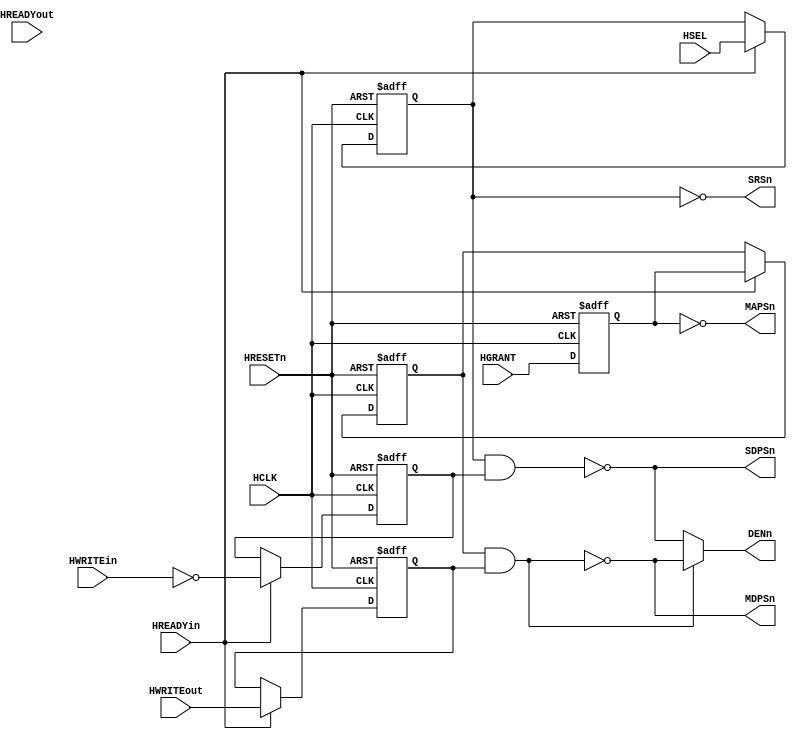
module TBCTRL_2 (
  input HRESETn,
  input HCLK,
  input HREADYin,
  input HREADYout,
  input HWRITEin,
  input HWRITEout,
  input HSEL,
  input HGRANT,
  output MAPSn,
  output MDPSn,
  output DENn,
  output SDPSn,
  output SRSn
);
wire  MasterReadData;
wire  SlaveAddrPhaseSel;
wire					MasterAddrPhaseSel;
reg						MasterDataPhaseSel;
reg						MRWSel;
reg           reg_HGRANT;
reg SlaveDataPhaseSel;
reg RWSel;
always@(posedge HCLK or negedge HRESETn)
begin
	 if(!HRESETn)
	   reg_HGRANT<=1'd0;
	 else 
	   reg_HGRANT<=HGRANT;
end
assign DENn = (MDPSn)?SDPSn:MDPSn;
assign MAPSn = ~MasterAddrPhaseSel;
assign MDPSn = ~(MasterDataPhaseSel & MRWSel);
assign MasterAddrPhaseSel = reg_HGRANT;
assign MasterReadData  =  MasterDataPhaseSel & (~MRWSel); 
always @(posedge HCLK or negedge HRESETn)
begin
  if (!HRESETn)
    MasterDataPhaseSel  <= 1'b1;
  else
    begin
      if  (HREADYin)
        MasterDataPhaseSel <= MasterAddrPhaseSel ;
    end 
end   
always @(posedge HCLK or negedge HRESETn)
begin
  if (!HRESETn)
    MRWSel <= 1'b0;
  else
  begin
    if (HREADYin)
      MRWSel <= HWRITEout;
  end
end
  assign SlaveAddrPhaseSel  = HSEL;  
  assign SDPSn   =   ~(SlaveDataPhaseSel & RWSel);
  assign SRSn   =  ~SlaveDataPhaseSel;
  always @(posedge HCLK or negedge HRESETn)
  begin
    if (!HRESETn)
      SlaveDataPhaseSel <= 1'b1;
    else
    begin
      if (HREADYin)
        SlaveDataPhaseSel <= SlaveAddrPhaseSel ;
      else 
       SlaveDataPhaseSel <= SlaveDataPhaseSel;
    end
  end  
  always @(posedge HCLK or negedge HRESETn)
  begin
    if (!HRESETn)
      RWSel <= 1'b0;
    else
    begin
      if (HREADYin)
        RWSel <= ~HWRITEin ;
      else 
        RWSel <=RWSel;
    end
  end
endmodule